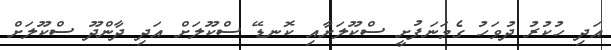
އަދި ހުކުރު ދުވަހު ގެމަނަފުށީ ސްކޫލަށާއި ކޮނޑޭ ސްކޫލަށް އަދި ދާންދޫ ސްކޫލަށް